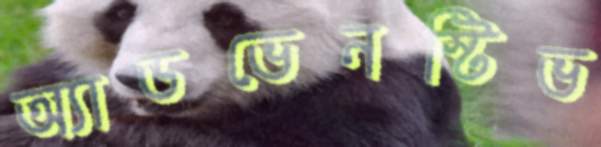
অ্যাডভেনস্টিভ